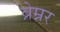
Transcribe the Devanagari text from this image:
ब्रेम्नर